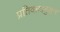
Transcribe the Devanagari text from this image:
प्रतिवादानुसार